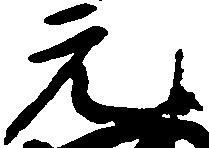
元